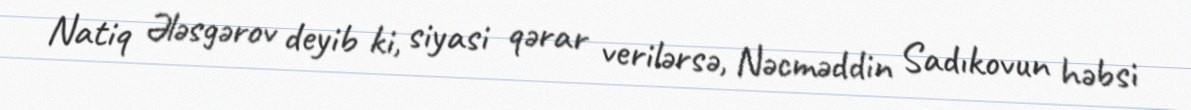
Natiq Ələsgərov deyib ki, siyasi qərar verilərsə, Nəcməddin Sadıkovun həbsi